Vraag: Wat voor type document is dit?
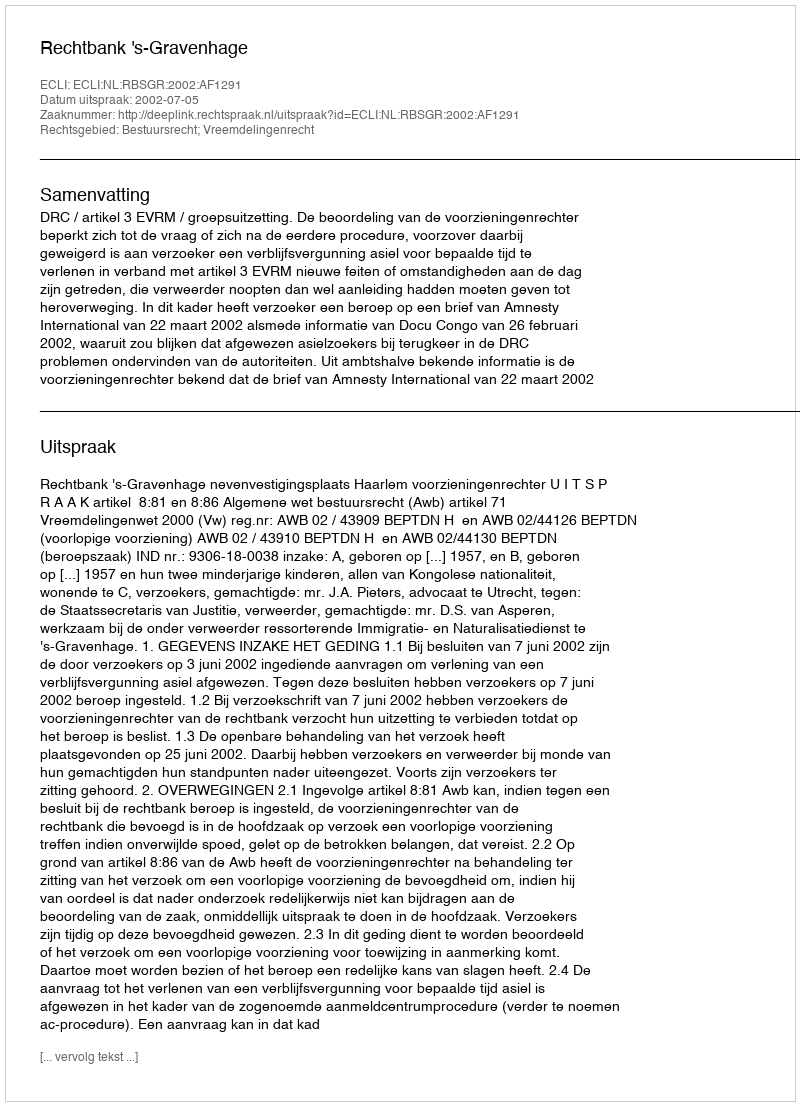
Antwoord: Uitspraak